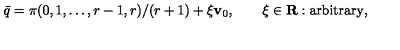
\bar { q } = \pi ( 0 , 1 , \ldots , r - 1 , r ) / ( r + 1 ) + \xi { \bf v } _ { 0 } , \qquad \xi \in { \bf R } : \mathrm { a r b i t r a r y } ,